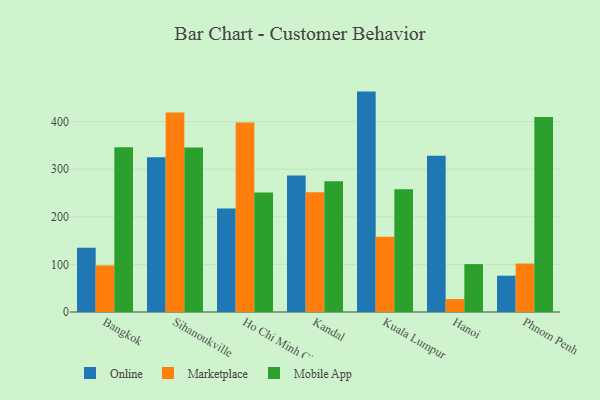
{"axis": {"x": "City", "y": "Gross Profit (USD K)"}, "legend": ["Marketplace", "Mobile App", "Online"], "data": [{"x": "Bangkok", "y": 135.1, "type": "Online"}, {"x": "Bangkok", "y": 97.9, "type": "Marketplace"}, {"x": "Bangkok", "y": 346.4, "type": "Mobile App"}, {"x": "Sihanoukville", "y": 324.9, "type": "Online"}, {"x": "Sihanoukville", "y": 419.2, "type": "Marketplace"}, {"x": "Sihanoukville", "y": 345.7, "type": "Mobile App"}, {"x": "Ho Chi Minh City", "y": 217.6, "type": "Online"}, {"x": "Ho Chi Minh City", "y": 398.3, "type": "Marketplace"}, {"x": "Ho Chi Minh City", "y": 251.3, "type": "Mobile App"}, {"x": "Kandal", "y": 286.9, "type": "Online"}, {"x": "Kandal", "y": 251.5, "type": "Marketplace"}, {"x": "Kandal", "y": 274.6, "type": "Mobile App"}, {"x": "Kuala Lumpur", "y": 463.1, "type": "Online"}, {"x": "Kuala Lumpur", "y": 158.0, "type": "Marketplace"}, {"x": "Kuala Lumpur", "y": 258.0, "type": "Mobile App"}, {"x": "Hanoi", "y": 328.3, "type": "Online"}, {"x": "Hanoi", "y": 27.2, "type": "Marketplace"}, {"x": "Hanoi", "y": 100.6, "type": "Mobile App"}, {"x": "Phnom Penh", "y": 76.3, "type": "Online"}, {"x": "Phnom Penh", "y": 101.8, "type": "Marketplace"}, {"x": "Phnom Penh", "y": 409.6, "type": "Mobile App"}]}